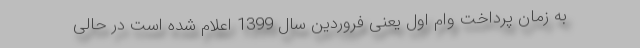
به زمان پرداخت وام اول یعنی فروردین سال 1399 اعلام شده است در حالی